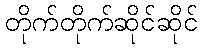
တိုက်တိုက်ဆိုင်ဆိုင်